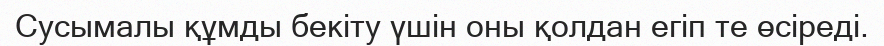
Сусымалы құмды бекіту үшін оны қолдан егіп те өсіреді.